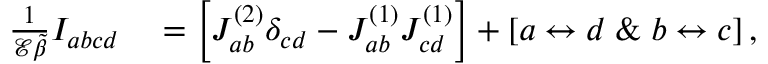
\begin{array} { r l } { \frac { 1 } { \mathcal { E } \tilde { \beta } } I _ { a b c d } } & { { } = \left[ J _ { a b } ^ { ( 2 ) } \delta _ { c d } - J _ { a b } ^ { ( 1 ) } J _ { c d } ^ { ( 1 ) } \right] + [ a \leftrightarrow d \; \& \; b \leftrightarrow c ] \, , } \end{array}